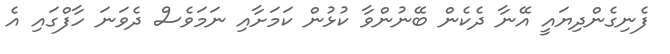
ފެނިގެންދިޔައީ އޭނާ ދެކެން ބޭނުންވާ ކުޅުން ކަމަށާއި ނަމަވެސް ދެވަނަ ހާފްގައި އެ